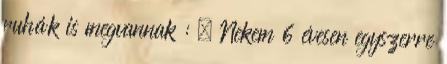
ruhák is megvannak : . Nekem 6 évesen egyszerre